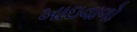
ખાઇવાળો